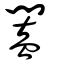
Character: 闔